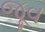
જૂવ